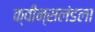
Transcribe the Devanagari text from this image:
क्वीन्सलंडला